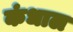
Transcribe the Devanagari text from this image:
कंधाल